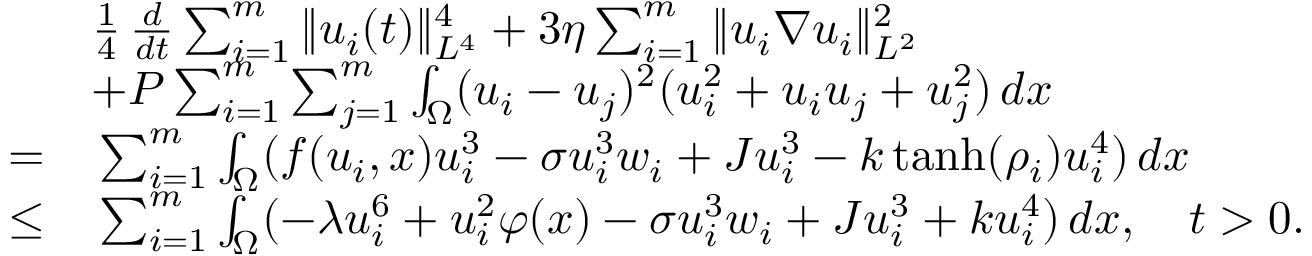
\begin{array} { r l } & { \frac { 1 } { 4 } \, \frac { d } { d t } \sum _ { i = 1 } ^ { m } \| u _ { i } ( t ) \| _ { L ^ { 4 } } ^ { 4 } + 3 \eta \sum _ { i = 1 } ^ { m } \| u _ { i } \nabla u _ { i } \| _ { L ^ { 2 } } ^ { 2 } } \\ & { + P \sum _ { i = 1 } ^ { m } \sum _ { j = 1 } ^ { m } \int _ { \Omega } ( u _ { i } - u _ { j } ) ^ { 2 } ( u _ { i } ^ { 2 } + u _ { i } u _ { j } + u _ { j } ^ { 2 } ) \, d x } \\ { = } & { \, \sum _ { i = 1 } ^ { m } \int _ { \Omega } ( f ( u _ { i } , x ) u _ { i } ^ { 3 } - \sigma u _ { i } ^ { 3 } w _ { i } + J u _ { i } ^ { 3 } - k \operatorname { t a n h } ( \rho _ { i } ) u _ { i } ^ { 4 } ) \, d x } \\ { \leq } & { \, \sum _ { i = 1 } ^ { m } \int _ { \Omega } ( - \lambda u _ { i } ^ { 6 } + u _ { i } ^ { 2 } \varphi ( x ) - \sigma u _ { i } ^ { 3 } w _ { i } + J u _ { i } ^ { 3 } + k u _ { i } ^ { 4 } ) \, d x , \quad t > 0 . } \end{array}